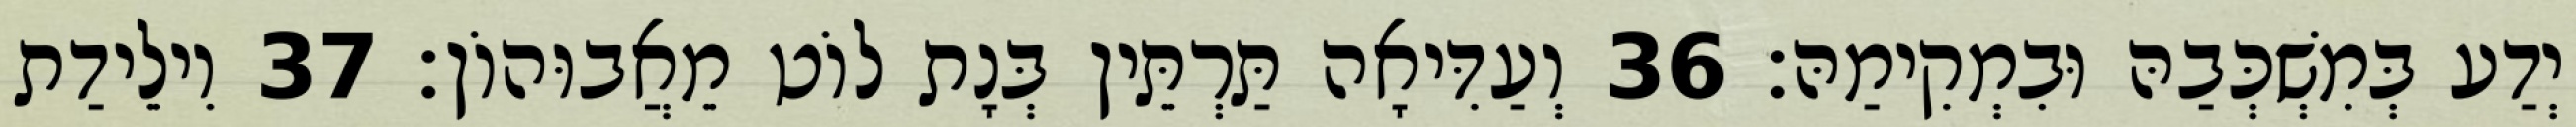
יְדַע בְּמִשְׁכְּבַהּ וּבִמְקִימַהּ׃ 36 וְעַדִּיאָה תַּרְתֵּין בְּנָת לוֹט מֵאֲבוּהוֹן׃ 37 וִילֵידַת